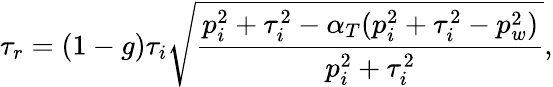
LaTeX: \tau_{r}=(1-g)\tau_{i}\sqrt{\frac{p_{i}^{2}+\tau_{i}^{2}-\alpha_{T}(p_{i}^{2}+\tau_{i}^{2}-p_{w}^{2})}{p_{i}^{2}+\tau_{i}^{2}}},